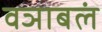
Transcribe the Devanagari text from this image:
वञाबलं